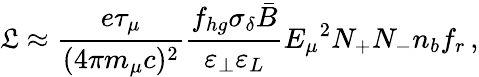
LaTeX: \mathfrak{L}\approx\frac{e\tau_{\mu}}{(4\pi m_{\mu}c)^{2}}\frac{f_{hg}\sigma_{\delta}\bar{B}}{\varepsilon_{\perp}\varepsilon_{L}}{E_{\mu}}^{2}N_{+}N_{-}n_{b}f_{r}\, ,